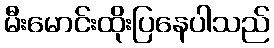
မီးမောင်းထိုးပြနေပါသည်